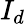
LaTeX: I_{d}